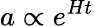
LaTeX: a\propto e^{Ht}